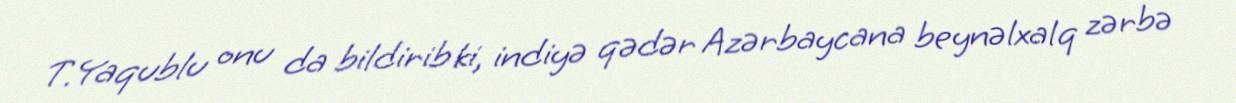
T.Yaqublu onu da bildirib ki, indiyə qədər Azərbaycana beynəlxalq zərbə